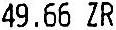
49.66 ZR